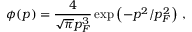
\phi ( p ) = \frac { 4 } { \sqrt { \pi } p _ { \SS F } ^ { 3 } } \exp \left( - p ^ { 2 } / p _ { \SS F } ^ { 2 } \right) \, ,